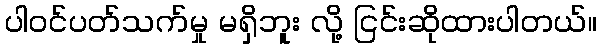
ပါဝင်ပတ်သက်မှု မရှိဘူး လို့ ငြင်းဆိုထားပါတယ်။